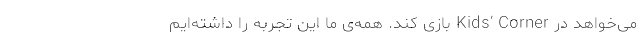
می‌خواهد در Kids’ Corner بازی کند. همه‌ی ما این تجربه را داشته‌ایم